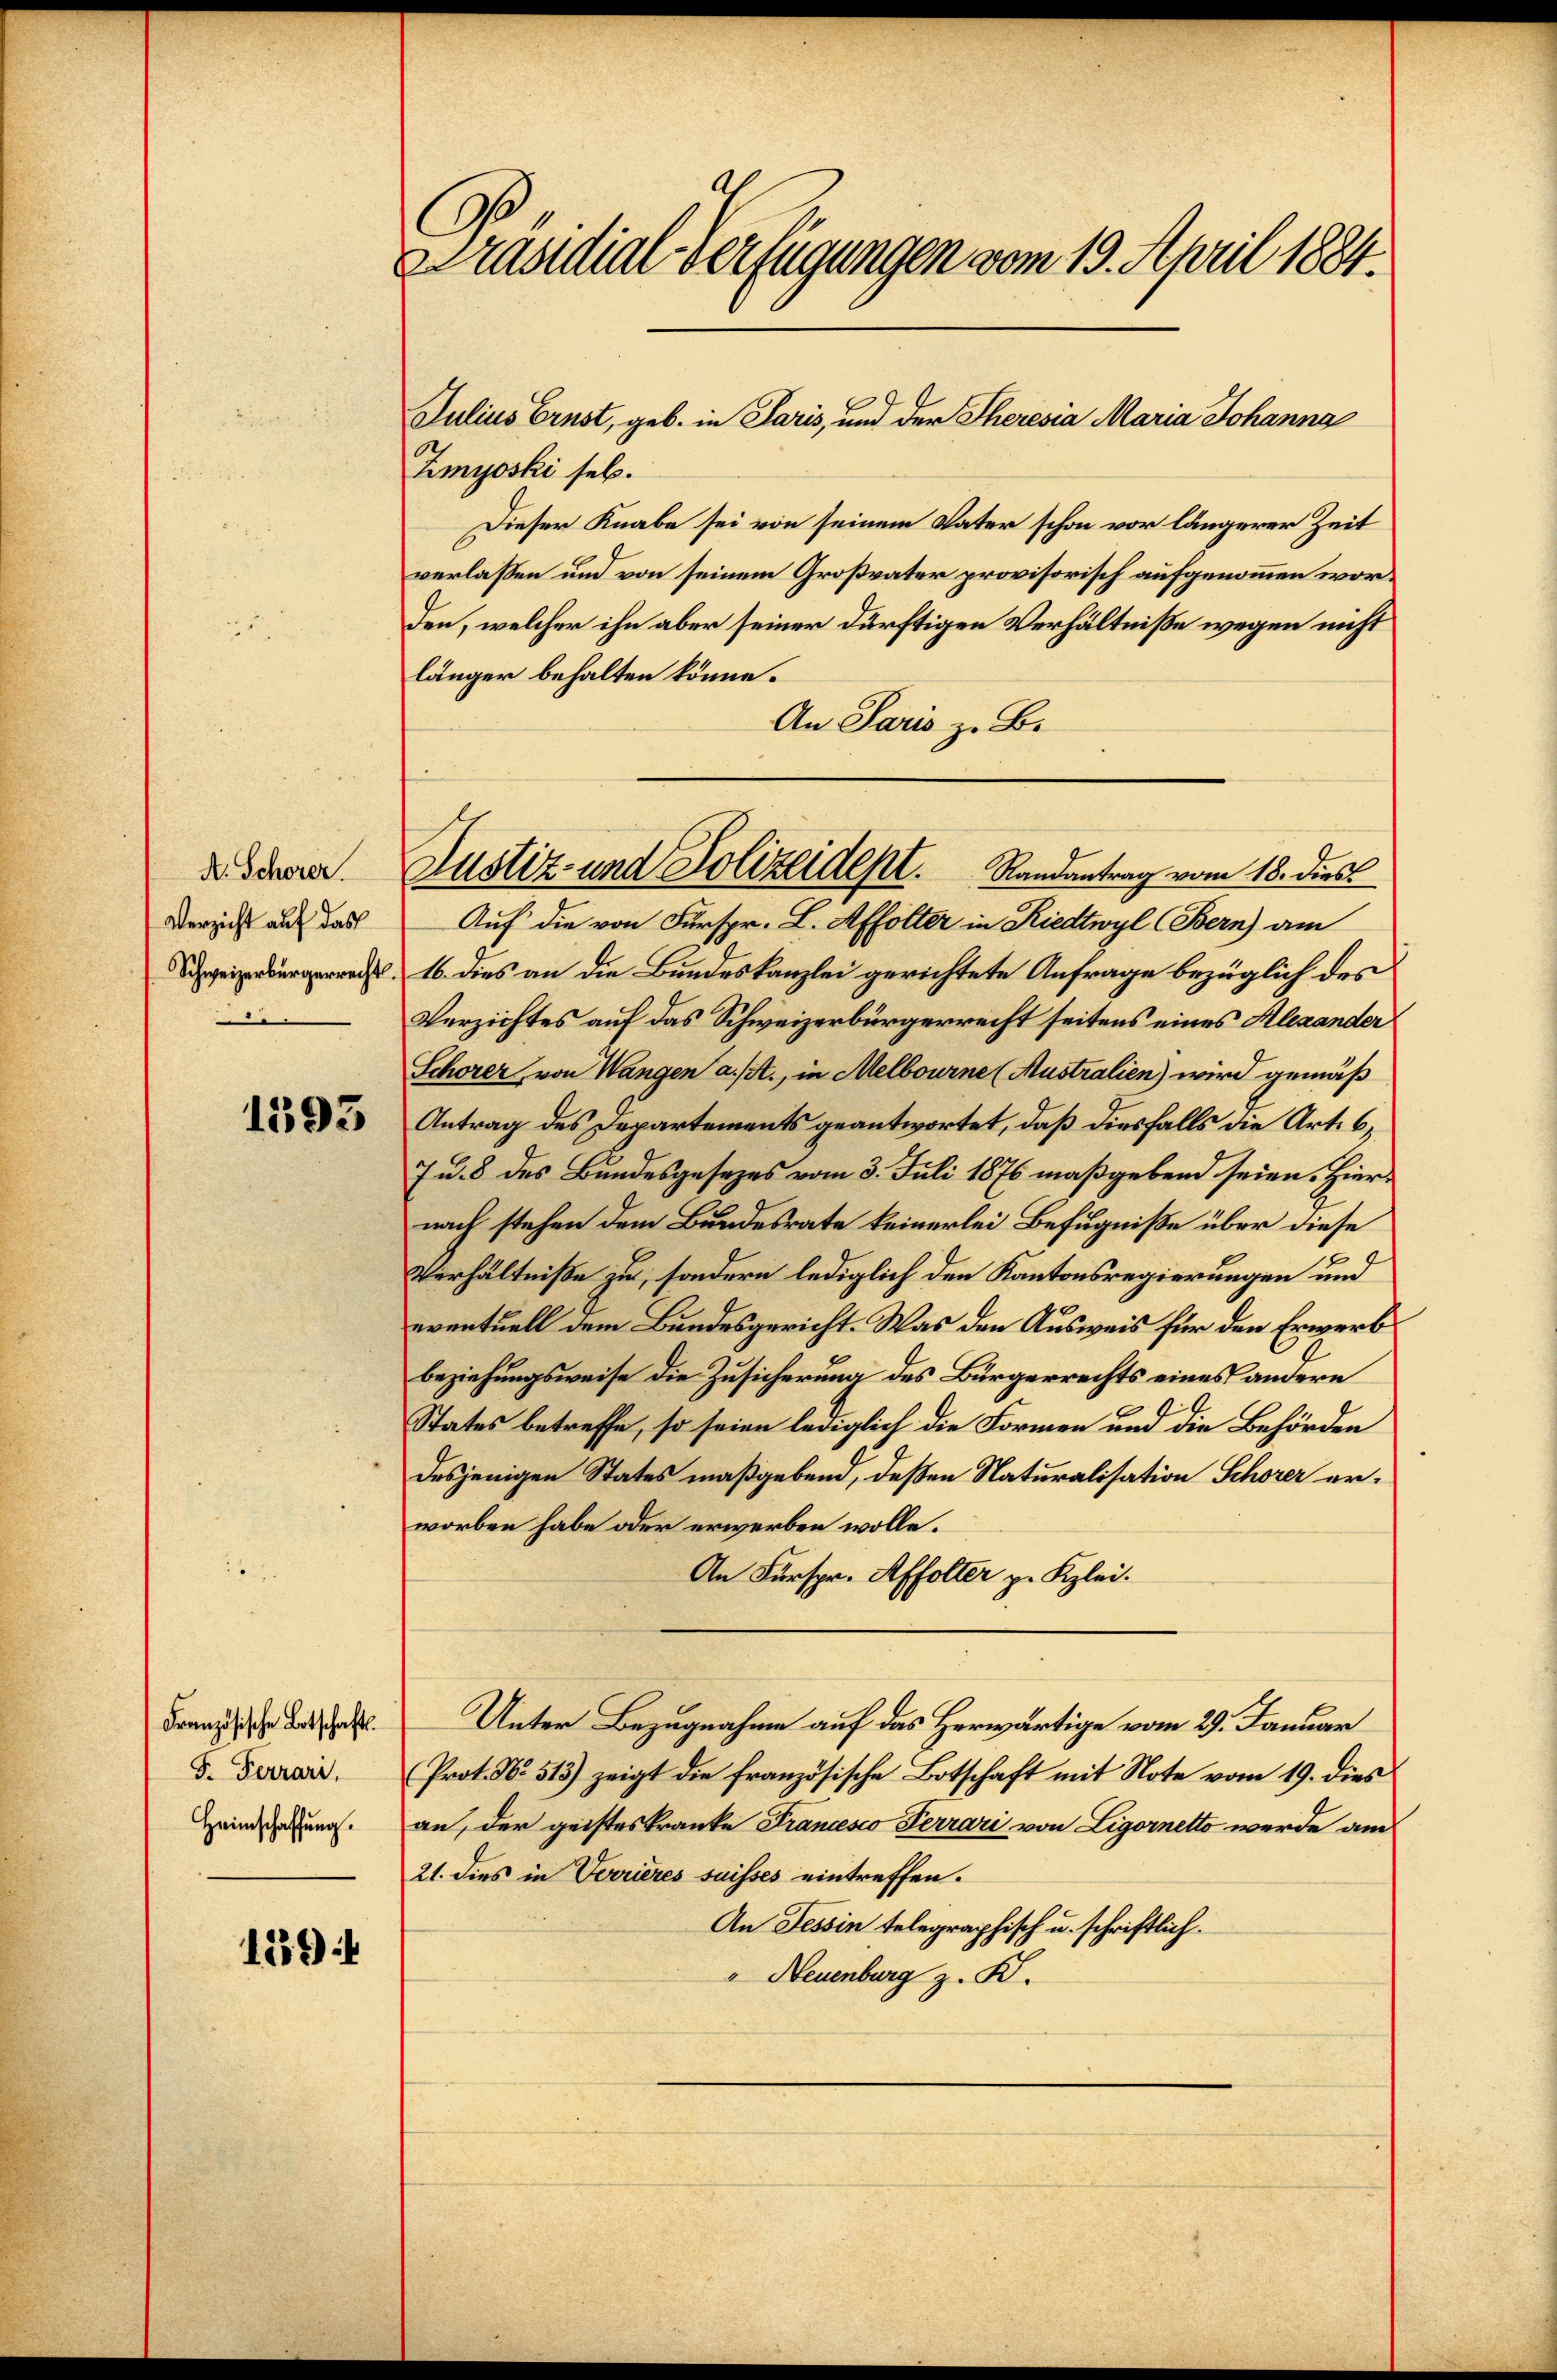
A. Schorer.
Verzicht auf das
Schweizerbürgerrecht.

1593

Französische Botschaftl.
F. Ferrari.
Heimschaffung.

1394

Präsidial-Verfügungen vom 19. April 1884.

Julius Ernst, geb. in Paris, und der Theresia Maria Johanna
Zmyoski sel.
Dieser Knabe sei von seinem Vater schon vor längerer Zeit
verlassen und von seinem Großvater provisorisch aufgenommen worden, welcher ihn aber seiner dürftigen Verhältnisse wegen nicht
länger behalten könne.
An Paris z. B.
Auf die von Fürspr. L. Affolter in Riedtwyl (Bern) am
16. dies an die Bundeskanzlei gerichtete Anfrage bezüglich des
Verzichtes auf das Schweizerbürgerrecht seitens eines Alexander
Schorer, von Wangen a. f., in Melbourne (Australien) wird gemäß
Antrag des Departements geantwortet, daß diesfalls die Art. 6,
Ju. 8 des Bundesgesezes vom 3. Juli 1876 maßgebend seien. Hiernach stehen dem Bundesrate keinerlei Befugniße über diese
Verhältniße zu, sondern lediglich den Kantonsregierungen und
eventuell dem Bundesgericht. Was den Ausweis für den Erwerb
beziehungsweise die Zusicherung des Bürgerrechts eines andere
States betreffe, so seien lediglich die Formen und die Behörden
desjenigen States maßgeben, deßen Naturalisation Schorer erworben habe oder erwerben wolle.
An Fürspr. Affolter p. Kzlei.
Unter Bezugnahme auf das Herwärtige vom 29. Januar
Prot. No. 513) zeigt die französische Botschaft mit Note vom 19. dies
an, der geisteskranke Francesco Terrari von Ligornetto werde am
21. dies in Verrieres suisses eintreffen.
An Tessin telegraphisch u. schriftlich.
" Neuenburg z. B.

Justiz- und Polizeidept. Randantrag vom 18. dies